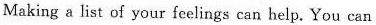
Making a list of your feelings carn help, You can